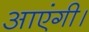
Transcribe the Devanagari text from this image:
आएंगी।